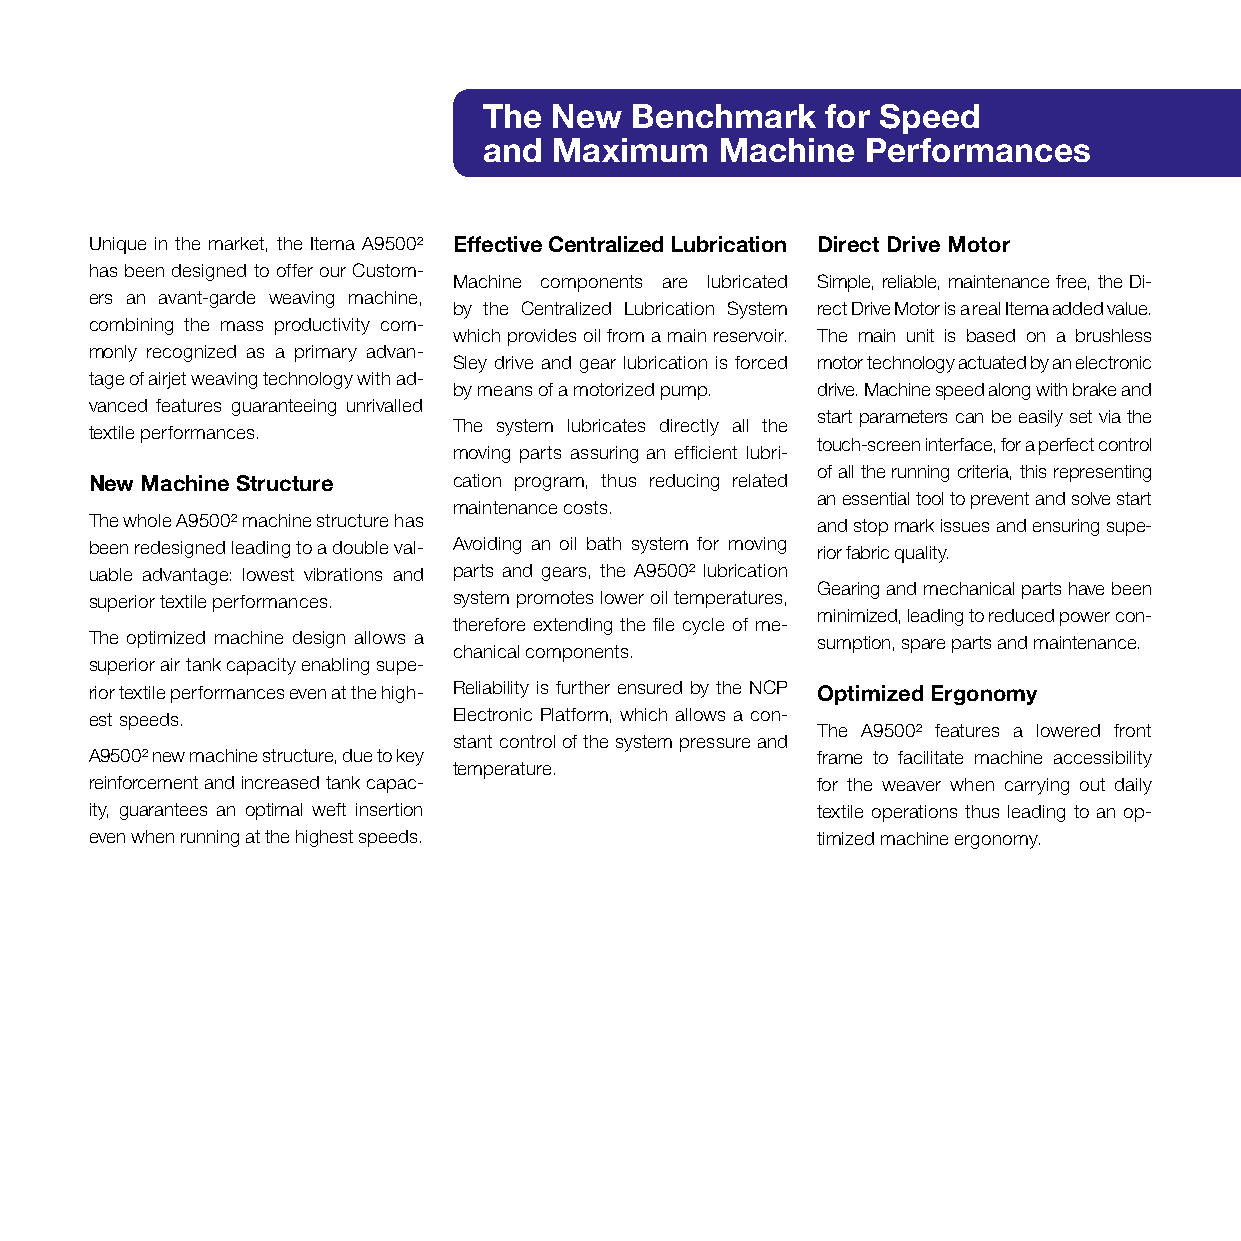
The New   Benchmark    for Speed
 and  Maximum    Machine  Performances
 Unique in the market, the Itema A9500² Effective Centralized Lubrication Direct Drive Motor
 has been designed to offer our Custom-
 Machine components are lubricated Simple, reliable, maintenance free, the Di-
 ers an avant-garde weaving machine,
 by the Centralized Lubrication System rect Drive Motor is a real Itema added value.
 combining the mass productivity com-
 which provides oil from a main reservoir. The main unit is based on a brushless
 monly recognized as a primary advan-
 Sley drive and gear lubrication is forced motor technology actuated by an electronic
 tage of airjet weaving technology with ad-
 by means of a motorized pump. drive. Machine speed along with brake and
 vanced features guaranteeing unrivalled
 start parameters can be easily set via the
 The system lubricates directly all the
 textile performances.
 touch-screen interface, for a perfect control
 moving parts assuring an efficient lubri-
 of all the running criteria, this representing
 New Machine Structure   cation program, thus reducing related
 an essential tool to prevent and solve start
 maintenance costs.
 The whole A9500² machine structure has          and stop mark issues and ensuring supe-
 been redesigned leading to a double val- Avoiding an oil bath system for moving rior fabric quality.
 uable advantage: lowest vibrations and parts and gears, the A9500² lubrication
 Gearing and mechanical parts have been
 superior textile performances. system promotes lower oil temperatures,
 minimized, leading to reduced power con-
 therefore extending the file cycle of me-
 The optimized machine design allows a           sumption, spare parts and maintenance.
 chanical components.
 superior air tank capacity enabling supe-
 rior textile performances even at the high- Reliability is further ensured by the NCP Optimized Ergonomy
 est speeds.             Electronic Platform, which allows a con-
 The A9500² features a lowered front
 stant control of the system pressure and
 A9500² new machine structure, due to key        frame to facilitate machine accessibility
 temperature.
 reinforcement and increased tank capac-         for the weaver when carrying out daily
 ity, guarantees an optimal weft insertion       textile operations thus leading to an op-
 even when running at the highest speeds.        timized machine ergonomy.